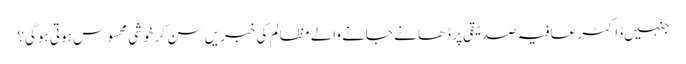
جنہیں ڈاکٹر عافیہ صدیقی پر ڈھانے جانے والے مظالم کی خبریں سن کر خوشی محسوس ہوتی ہوگی؟